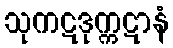
သုကဋဒုက္ကဋာနံ